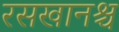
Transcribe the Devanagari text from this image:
रसखानश्च